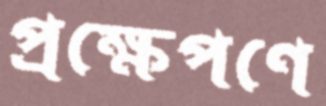
প্রক্ষেপণে